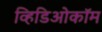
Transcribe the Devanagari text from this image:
व्हिडिओकॉम